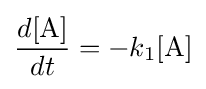
{\frac {d[{\ce {A}}]}{dt}}=-k_{1}[{\ce {A}}]